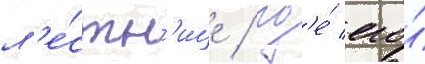
л'е́стн'ице / гд'е́ его́